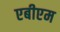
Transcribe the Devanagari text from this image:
एबीएम